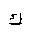
Letter: _kaf